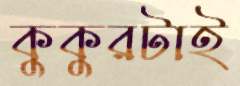
কুকুরটাই